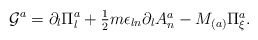
\begin{align*}{\cal G}^a=\partial_{l}\Pi_{l}^{a}+\textstyle{\frac{1}{2}}m\epsilon_{ln}\partial_{l}A_{n}^{a}-M_{(a)}\Pi_{\xi}^{a}.\end{align*}